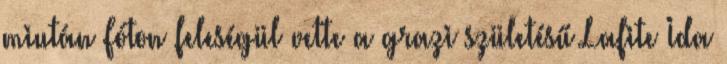
miután Fóton feleségül vette a grazi születésű Lafite Ida